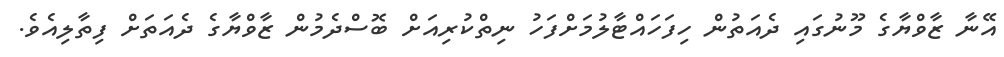
އޭނާ ޒާވްޔާގެ މޫނުގައި ދެއަތުން ހިފަހައްޓާލުމަށްފަހު ނިތްކުރިއަށް ބޮސްދެމުން ޒާވްޔާގެ ދެއަތަށް ފިތާލިއެވެ.